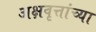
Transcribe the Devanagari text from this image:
अक्षवृत्तांच्या